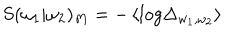
LaTeX: S ( \omega _ { 1 } | \omega _ { 2 } ) _ { M } = - \left\langle l o g \Delta _ { w _ { 1 } , \omega _ { 2 } } \right\rangle